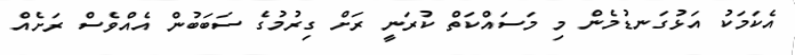
އެކަމަކު އަޅުގަނޑުމެން މި މަސައްކަތް ކުރަނީ ރަށް ގިރުމުގެ ސަބަބުން އެއްވެސް ރަށެއް